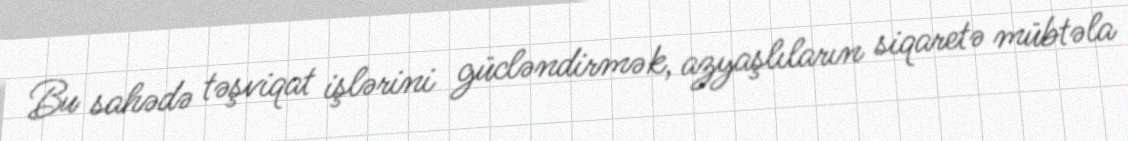
Bu sahədə təşviqat işlərini gücləndirmək, azyaşlıların siqaretə mübtəla